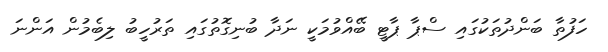
ހަފުތާ ބަންދުތަކުގައި ސްޕާ ޕާޓީ ބޭއްވުމަކީ ނަދާ ބުނިގޮތުގައި ތަރުހީބު ލިބެމުން އަންނަ